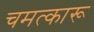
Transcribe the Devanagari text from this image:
चमत्कारू